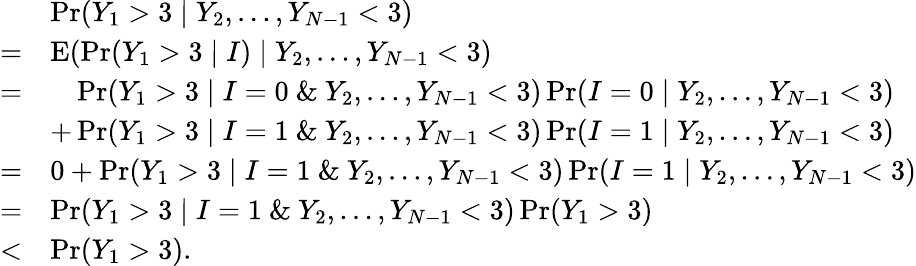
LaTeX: \begin{array}{rl}&{\operatorname*{Pr}(Y_{1}>3\mid Y_{2},\ldots,Y_{N-1}<3)}\\ {=}&{\operatorname E(\operatorname*{Pr}(Y_{1}>3\mid I)\mid Y_{2},\ldots,Y_{N-1}<3)}\\ {=}&{\phantom{+}\operatorname*{Pr}(Y_{1}>3\mid I=0\ \& \ Y_{2},\ldots,Y_{N-1}<3)\operatorname*{Pr}(I=0\mid Y_{2},\ldots,Y_{N-1}<3)}\\ &{+\operatorname*{Pr}(Y_{1}>3\mid I=1\ \& \ Y_{2},\ldots,Y_{N-1}<3)\operatorname*{Pr}(I=1\mid Y_{2},\ldots,Y_{N-1}<3)}\\ {=}&{0+\operatorname*{Pr}(Y_{1}>3\mid I=1\ \& \ Y_{2},\ldots,Y_{N-1}<3)\operatorname*{Pr}(I=1\mid Y_{2},\ldots,Y_{N-1}<3)}\\ {=}&{\operatorname*{Pr}(Y_{1}>3\mid I=1\ \& \ Y_{2},\ldots,Y_{N-1}<3)\operatorname*{Pr}(Y_{1}>3)}\\ {<}&{\operatorname*{Pr}(Y_{1}>3).}\end{array}